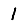
Digit: 1